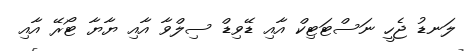
ލަނޑު ޖެހީ ނަސްޓަޓިކް އާއި ޑޭވިޑް ސިލްވާ އާއި ޔާޔާ ޓޯރޭ އާއި